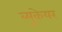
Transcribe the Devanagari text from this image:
ब्युकेयर